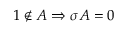
1 \notin A \Rightarrow \sigma A = 0